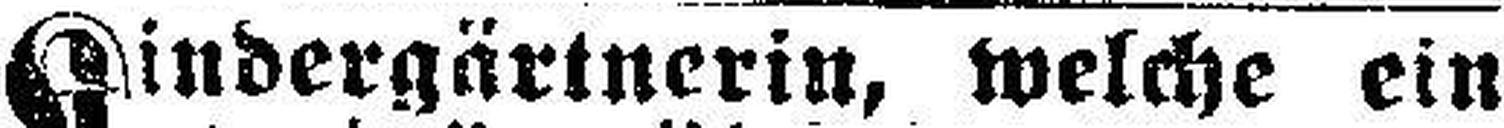
Kindergärtnerin, welche ein